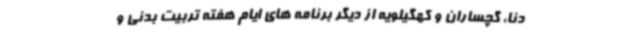
دنا، گچساران و کهگیلویه از دیگر برنامه های ایام هفته تربیت بدنی و